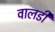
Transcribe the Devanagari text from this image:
वालडी